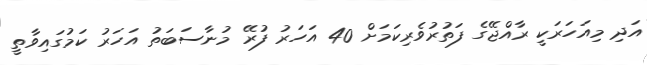
އަދި މިއަހަރަކީ ރާއްޖޭގެ ފަތުރުވެރިކަމަށް 40 އަހަރު ފުރޭ މުނާސަބަތު އަހަރު ކަމުގައިވާތީ